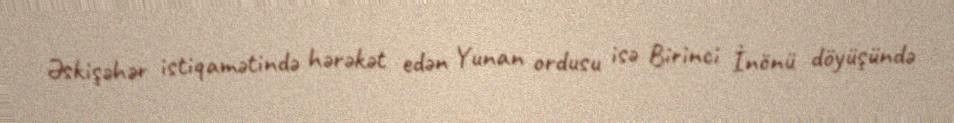
Əskişəhər istiqamətində hərəkət edən Yunan ordusu isə Birinci İnönü döyüşündə